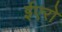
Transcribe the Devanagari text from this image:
ईएरो